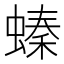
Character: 螓